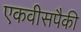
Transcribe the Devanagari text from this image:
एकवीसपैकी